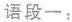
语段一：